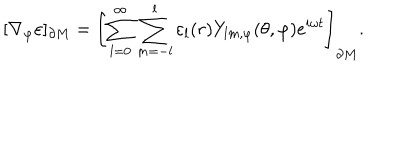
[ \nabla _ { \varphi } \varepsilon ] _ { \partial M } = \left[ \sum _ { l = 0 } ^ { \infty } \sum _ { m = - l } ^ { l } \varepsilon _ { l } ( r ) Y _ { l m , \varphi } ( \theta , \varphi ) e ^ { i \omega t } \right] _ { \partial M } .